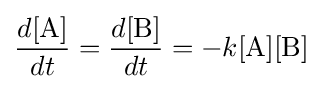
{\frac {d[{\mbox{A}}]}{dt}}={\frac {d[{\mbox{B}}]}{dt}}=-k[{\mbox{A}}][{\mbox{B}}]